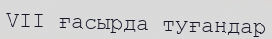
VII ғасырда туғандар